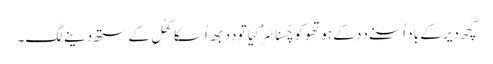
کُچھ دیر کے باد اُسنے دِدِ کے ہوتھو کو چُسنا سُرُ کِیا تو دِدِ بھِ اُسکا کھُل کے ستھ دینے لگِ۔